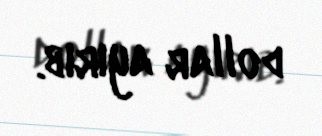
dollar ayırıb.